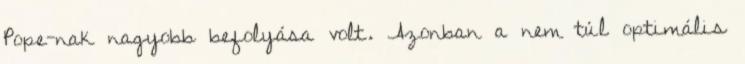
Pope-nak nagyobb befolyása volt. Azonban a nem túl optimális